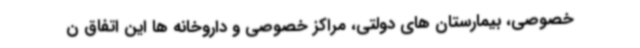
خصوصی، بیمارستان های دولتی، مراکز خصوصی و داروخانه ها این اتفاق ن